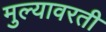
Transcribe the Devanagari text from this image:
मुल्यावरती